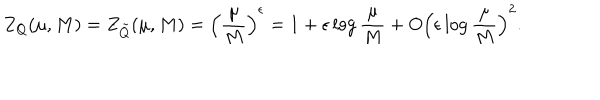
LaTeX: Z _ { Q } ( \mu , M ) = Z _ { \tilde { Q } } ( \mu , M ) = \left( \frac { \mu } { M } \right) ^ { \epsilon } = 1 + \epsilon \log \frac { \mu } { M } + O \left( \epsilon \log \frac { \mu } { M } \right) ^ { 2 } .